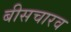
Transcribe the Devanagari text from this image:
बीसचारव